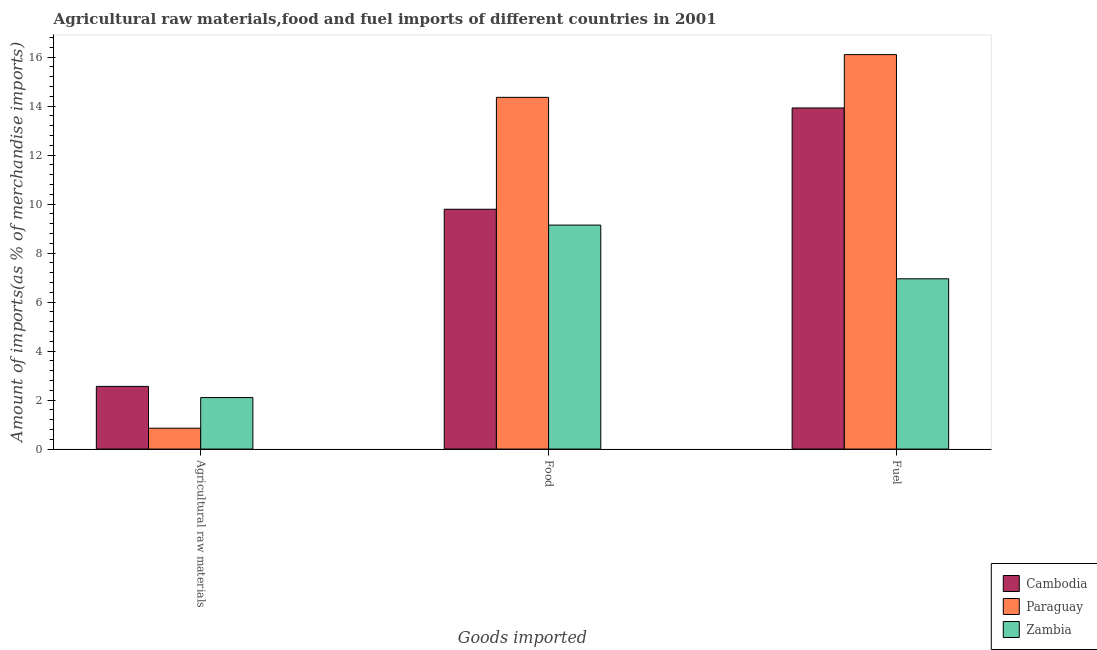
| Goods imported | Cambodia | Paraguay | Zambia |
 | --- | --- | --- | --- |
 | Agricultural raw materials | 2.56 | 0.853 | 2.1 |
 | Food | 9.79 | 14.4 | 9.14 |
 | Fuel | 13.9 | 16.1 | 6.95 |